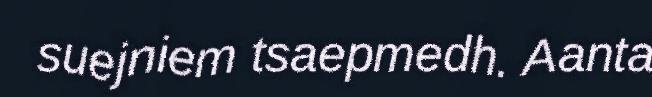
suejniem tsaepmedh. Aanta